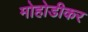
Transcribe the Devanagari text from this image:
मोहोडीकर